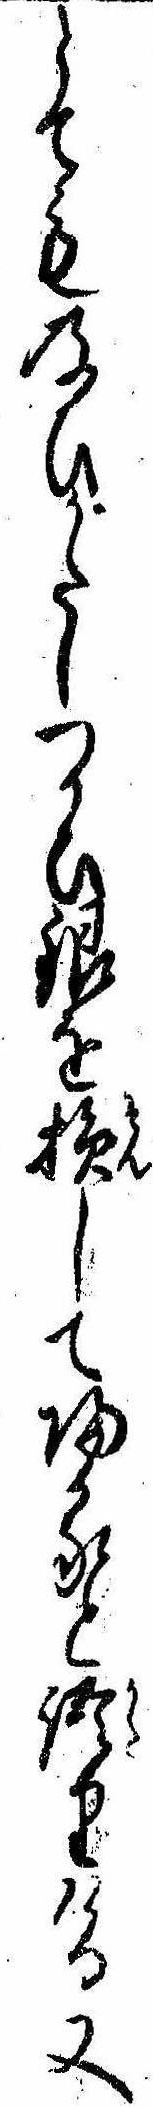
とても及ひがたしつかひ銀を損して帰ると語りける又